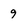
Character: 9